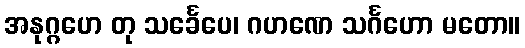
အနုဂ္ဂဟေ တု သင်္ခေပေ၊ ဂဟဏေ သင်္ဂဟော မတော။